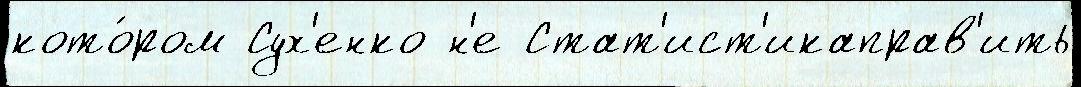
кото́ром Сух'енко н'е Стат'ист'икаправ'ить